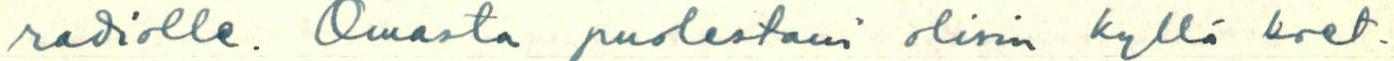
radiolle. Omasta puolestani olisin kylä koet-